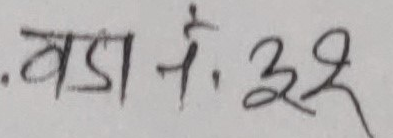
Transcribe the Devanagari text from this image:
बडा नं. ३२